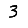
Digit: 3